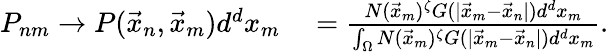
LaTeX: \begin{array}{rl}{P_{nm}\rightarrow P(\vec{x}_{n},\vec{x}_{m})d^{d}x_{m}}&{{}=\frac{N(\vec{x}_{m})^{\zeta}G(|\vec{x}_{m}-\vec{x}_{n}|)d^{d}x_{m}}{\int_{\Omega}N(\vec{x}_{m})^{\zeta}G(|\vec{x}_{m}-\vec{x}_{n}|)d^{d}x_{m}}.}\end{array}